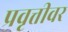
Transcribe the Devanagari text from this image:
प्रवृत्तीवर